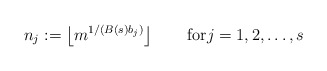
\begin{align*}n_j:=\left\lfloor m^{1/(B(s) b_j)}\right\rfloor\qquad\textnormal{for} j=1,2,\ldots,s\end{align*}